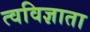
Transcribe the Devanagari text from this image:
त्वविज्ञाता